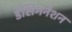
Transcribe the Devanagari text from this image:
डेसिगनेशन